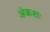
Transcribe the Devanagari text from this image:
अंकशः